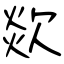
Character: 欻